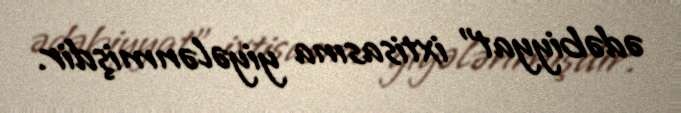
ədəbiyyat" ixtisasına yiyələnmişdir.